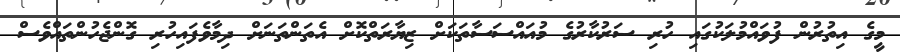
މީގެ އިތުރުން ފުވައްމުލަކުގައި ހުރި ސަރުކާރުގެ މުއައްސަސާތަކަށް ޒިޔާރަތްކޮށް އެތަންތަނަށް ދިމާވެފައިހުރި ގޮންޖެހުންތައްވެސް